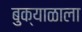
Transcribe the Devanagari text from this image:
बुक्याळाला